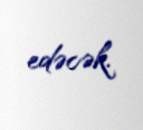
edəcək.